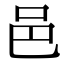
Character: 邑